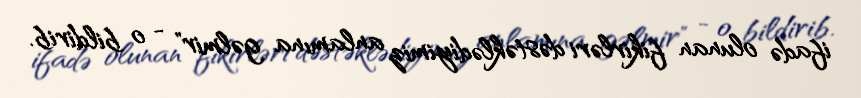
ifadə olunan fikirləri dəstəklədiyimiz anlamına gəlmir" - o bildirib.